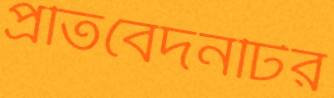
প্রতিবেদনটির